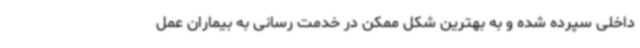
داخلی سپرده شده و به بهترین شکل ممکن در خدمت رسانی به بیماران عمل